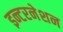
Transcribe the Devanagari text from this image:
इन्टरनेशन